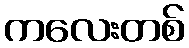
ကလေးတစ်